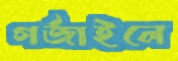
গর্‌জাইলে